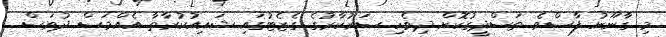
މި ގާނޫނު ފާސްވެ ތަސްދީގުކޮށް ދިވެހި ސަރުކާރުގެ ގެޒެޓުގައި ޝައިއުކުރާތާ އެއްމަސް ދުވަސް